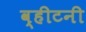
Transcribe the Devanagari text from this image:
व्हीटनी